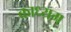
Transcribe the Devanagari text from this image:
काध्यम